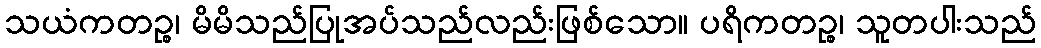
သယံကတဉ္စ၊ မိမိသည်ပြုအပ်သည်လည်းဖြစ်သော။ ပရိကတဉ္စ၊ သူတပါးသည်